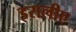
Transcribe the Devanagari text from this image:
इसलीए